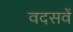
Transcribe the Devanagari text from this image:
वदसवें